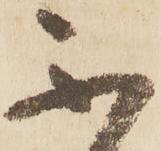
不